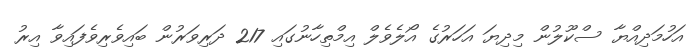
އަހުމަދިއްޔާ ސްކޫލުން މިދިޔަ އަހަރުގެ އޯލެވެލް އިމްތިހާނުގައި 217 ދަރިވަރުން ބައިވެރިވެފައިވާ އިރު